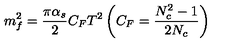
m _ { f } ^ { 2 } = \frac { \pi \alpha _ { s } } { 2 } C _ { F } T ^ { 2 } \left( C _ { F } = \frac { N _ { c } ^ { 2 } - 1 } { 2 N _ { c } } \right)